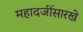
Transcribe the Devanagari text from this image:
महादजींसारखे